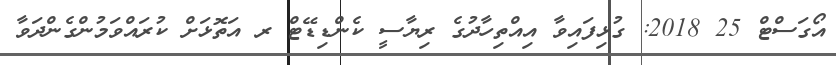
އޯގަސްޓް 25 2018: ގުޅިފައިވާ އިއްތިހާދުގެ ރިޔާސީ ކެންޑިޑޭޓް ރ އަތޮޅަށް ކުރައްވަމުންގެންދަވާ